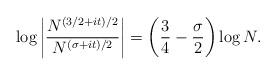
LaTeX: \begin{align*} \log\bigg|\dfrac{N^{(3/2+it)/2}}{N^{(\sigma+it)/2}}\bigg|=\bigg(\dfrac{3}{4}-\dfrac{\sigma}{2}\bigg)\log N. \end{align*}